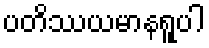
ပတိဿယမာနရူပါ